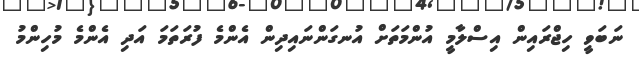
ނަބަވީ ހިޖްރައިން އިސްލާމީ އުންމަތަށް އުނގަންނައިދިން އެންމެ ފުރަތަމަ އަދި އެންމެ މުހިންމު